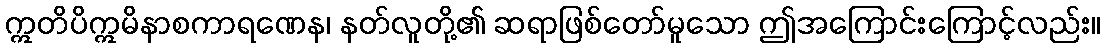
ဣတိပိဣမိနာစကာရဏေန၊ နတ်လူတို့၏ ဆရာဖြစ်တော်မူသော ဤအကြောင်းကြောင့်လည်း။